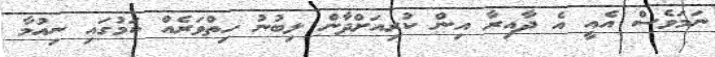
ނަމަވެސް އެއީ އެ ދާއިރާ އިން ކުރިއަށްދާން ލިބުނު ހިތްވަރެއް ކަމުގައި ނިއުމާ